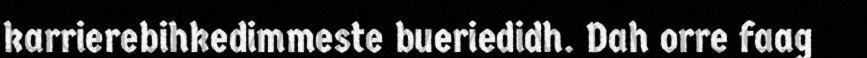
karrierebihkedimmeste bueriedidh. Dah orre faag